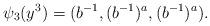
LaTeX: \begin{align*}\psi_3(y^3)=(b^{-1}, (b^{-1})^a, (b^{-1})^a).\end{align*}